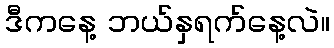
ဒီကနေ့ ဘယ်နှရက်နေ့လဲ။